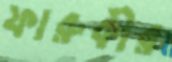
ফারুকীর